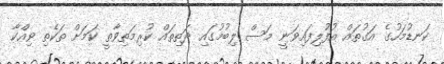
ކަނޑުމަހުގެ އަގުތައް އުފުލިފައިވަނީ މަސް ލިބުމުގައި ދަތިތައް ކުރިމަތިވާތީ ކަމަށް ތަކެތި ވިއްކާ